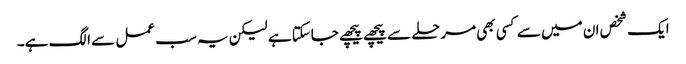
ایک شخص ان میں سے کسی بھی مرحلے سے پیچھے پیچھے جاسکتا ہے لیکن یہ سب عمل سے الگ ہے۔